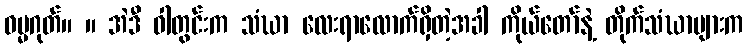
ဓမ္မဂုတ်။ ။ အဲဒီ ဝါတွင်းက သံဃာ လေးရာလောက်ရှိတဲ့အခါ ကိုယ်တော်နဲ့ တိုက်သံဃာများက